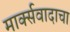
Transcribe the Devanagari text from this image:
मार्क्‍सवादाचा